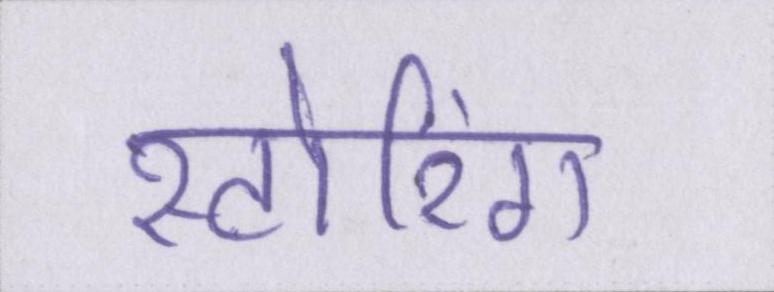
स्टोरिंग